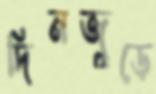
দিনজুড়ে